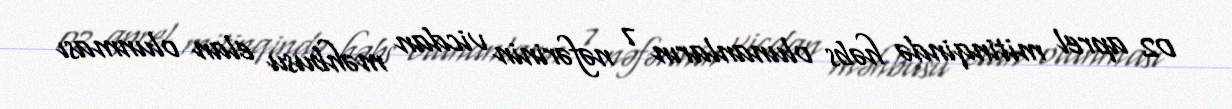
02 aprel mitinqində həbs olunanların 7 nəfərinin vicdan məhbusu elan olunması